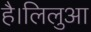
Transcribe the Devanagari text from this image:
है।लिलुआ